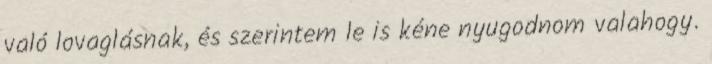
való lovaglásnak, és szerintem le is kéne nyugodnom valahogy.